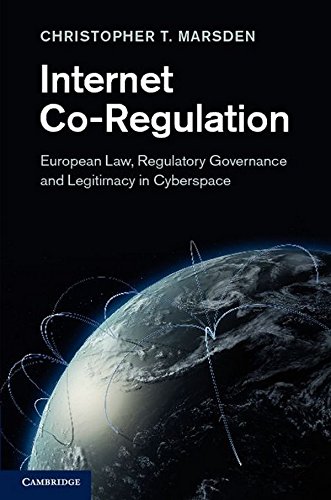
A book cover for Internet Co-Regulation: European Law, Regulatory Governance and Legitimacy in Cyberspace; Christopher T. Marsden; Law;